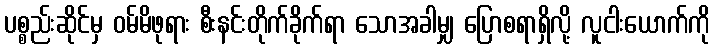
ပစ္စည်းဆိုင်မှ ဝမ်မိဖုရား စီးနင်းတိုက်ခိုက်ရာ သောအခါမျှ ပြောစရာရှိလို့ လူငါးယောက်ကို